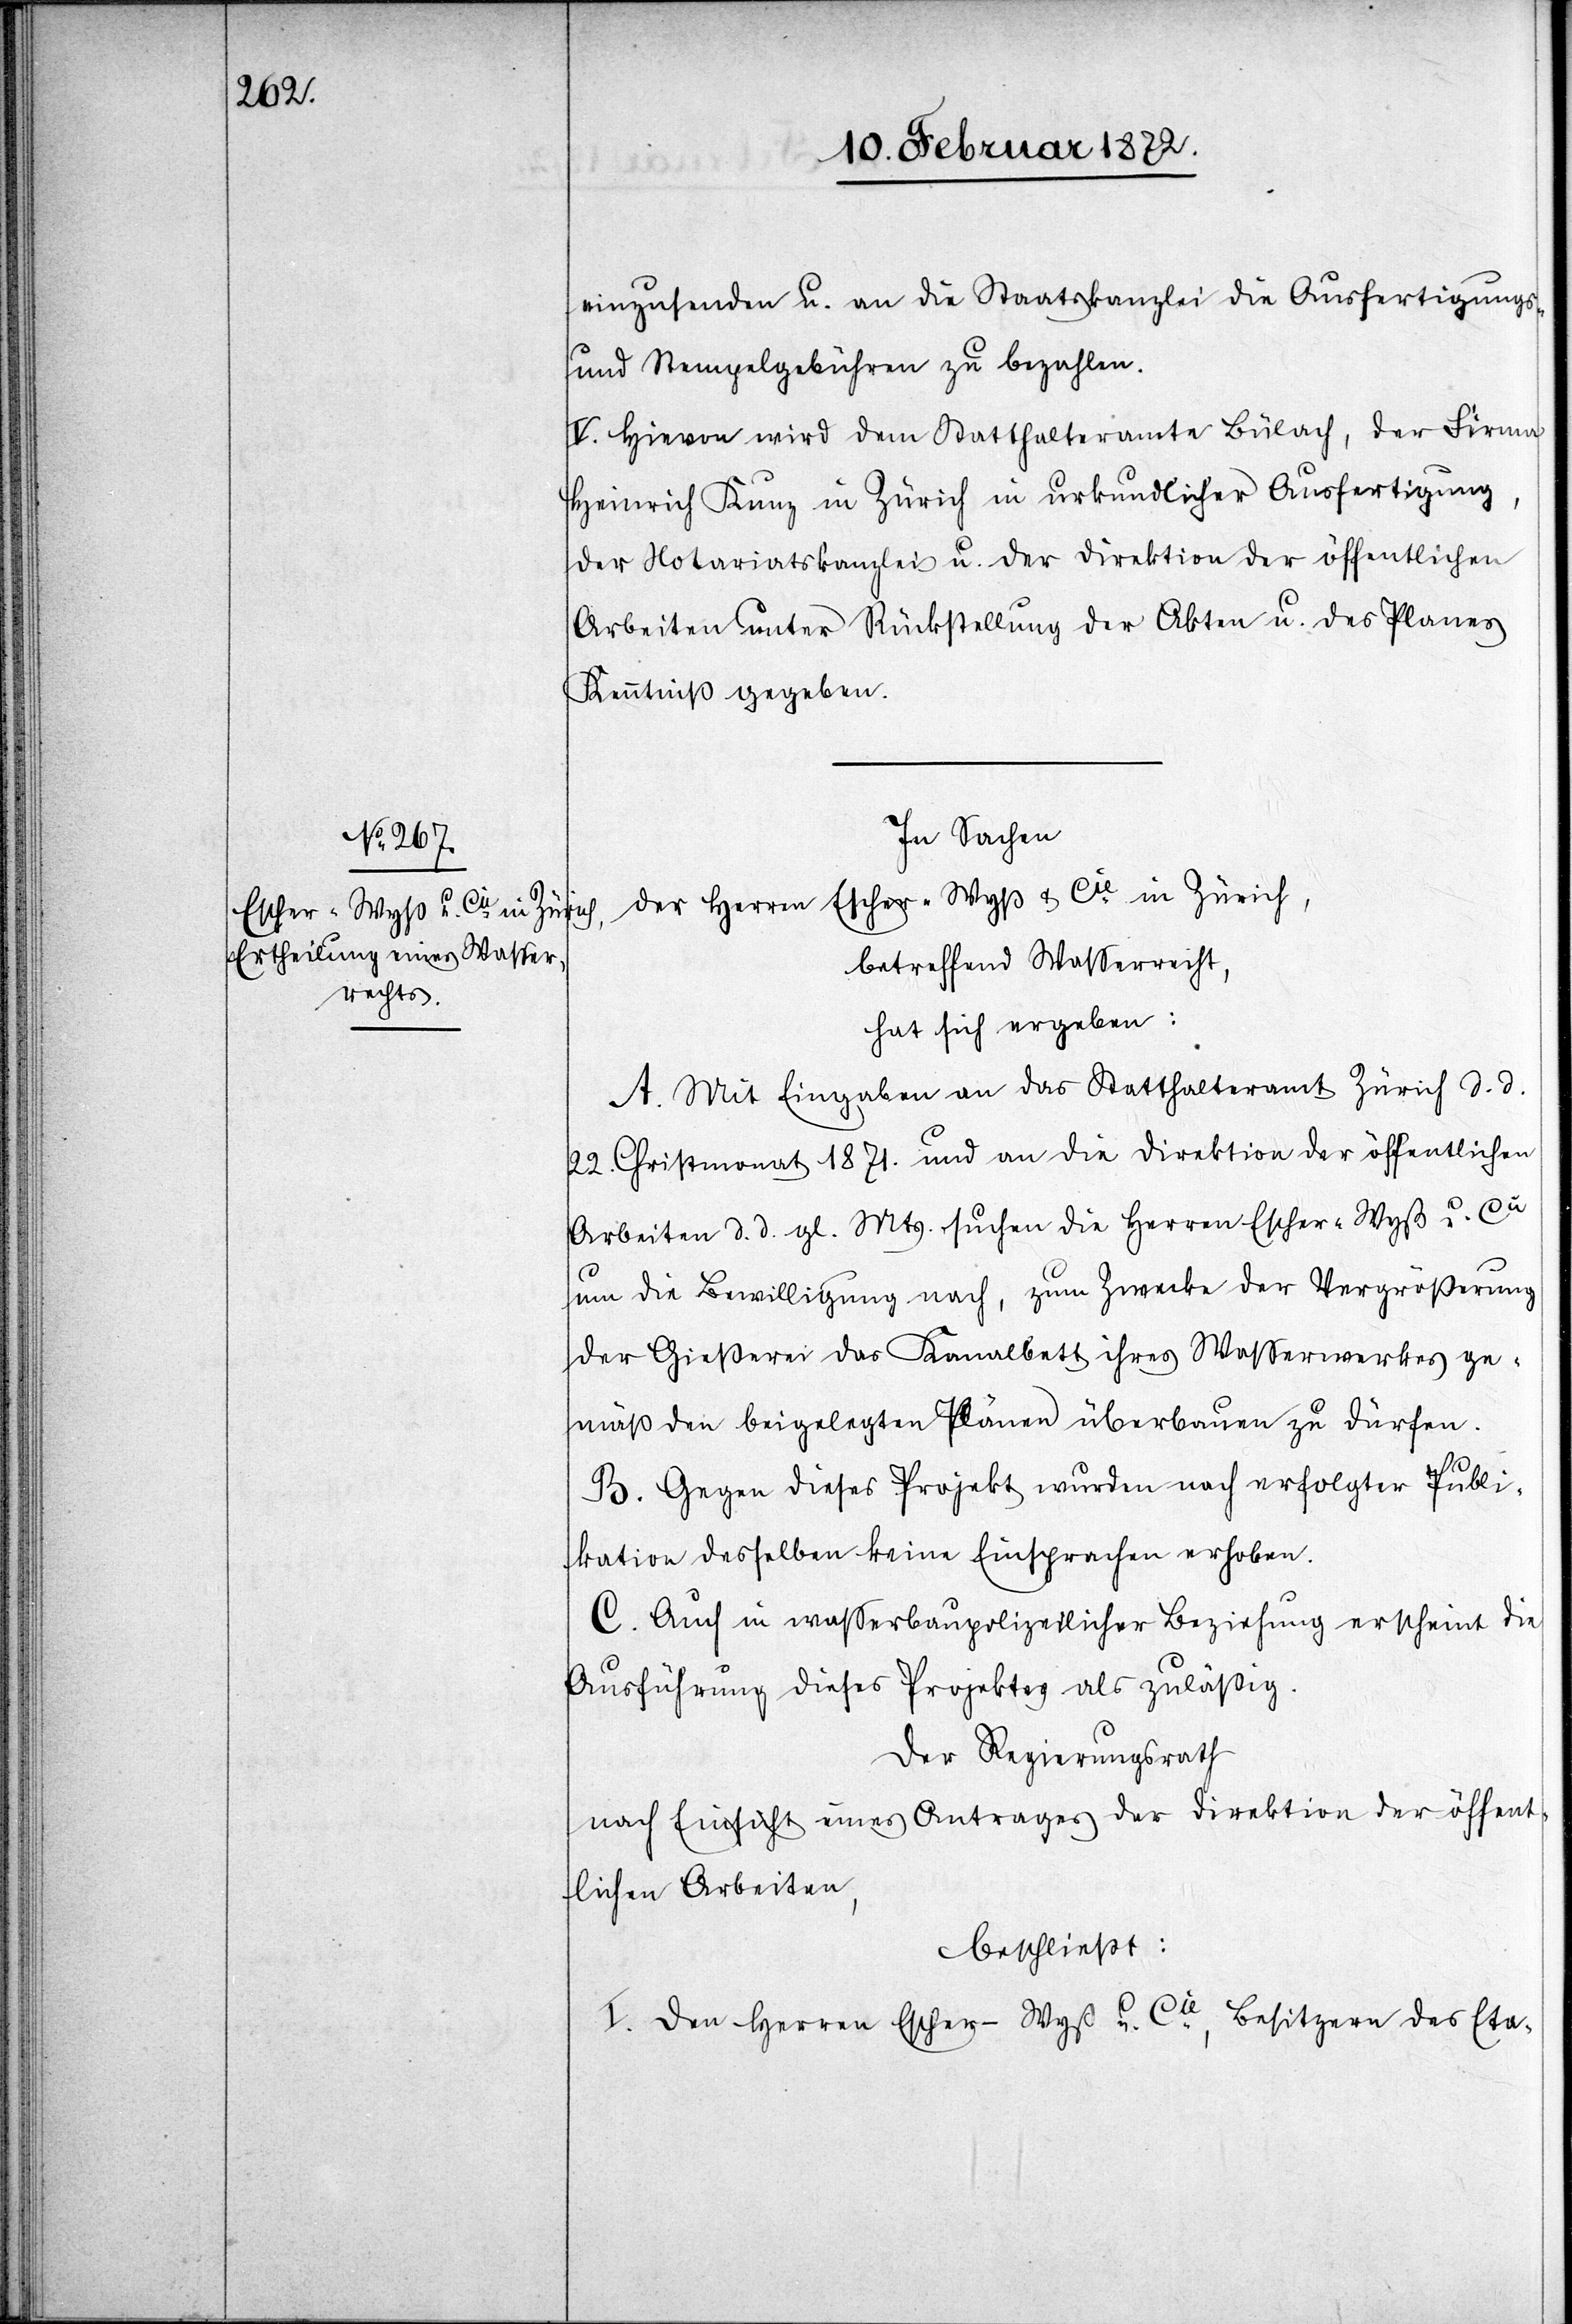
einzusenden u. an die Staatskanzlei die Ausfertigungs-
und Stempelgebühren zu bezahlen.
V. Hievon wird dem Statthalteramt Bülach, der Firma
Heinrich Kunz in Zürich in urkundlicher Ausfertigung,
der Notariatskanzlei u. der Direktion der öffentlichen
Arbeiten unter Rückstellung der Akten u. des Planes
Kenntniß gegeben.
In Sachen
der Herren Escher-Wyß & Cie in Zürich,
betreffend Wasserrecht,
hat sich ergeben:
A. Mit Eingaben an das Statthalteramt Zürich d. d.
22. Christmonat 1871. und an die Direktion der öffentlichen
Arbeiten d. d. gl. Mts. suchen die Herren Escher-Wyß u. Cie
um die Bewilligung nach, zum Zwecke der Vergrößerung
der Gießerei das Kanalbett ihres Wasserwerkes ge¬
mäß den beigelegten Plänen überbauen zu dürfen.
B. Gegen dieses Projekt wurden nach erfolgter Publi¬
kation desselben keine Einsprachen erhoben.
C. Auch in wasserbaupolizeilicher Beziehung erscheint die
Ausführung dieses Projektes als zuläßig.
Der Regierungsrath
nach Einsicht eines Antrages der Direktion der öffent¬
lichen Arbeiten,
beschließt:
I. Den Herren Escher-Wyß u. Cie, Besitzern des Eta-